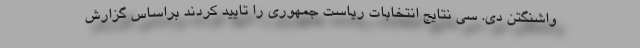
واشنگتن دی. سی نتایج انتخابات ریاست جمهوری را تایید کردند براساس گزارش